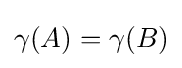
\gamma (A)=\gamma (B)